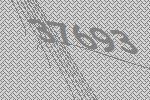
37693